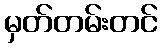
မှတ်တမ်းတင်